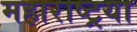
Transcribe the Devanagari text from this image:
महाराष्ट्रया